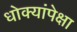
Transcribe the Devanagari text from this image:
धोक्यांपेक्षा